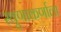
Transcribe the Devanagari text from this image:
स्थूणाकर्णाला